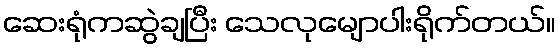
ဆေးရုံကဆွဲချပြီး သေလုမျောပါးရိုက်တယ်။